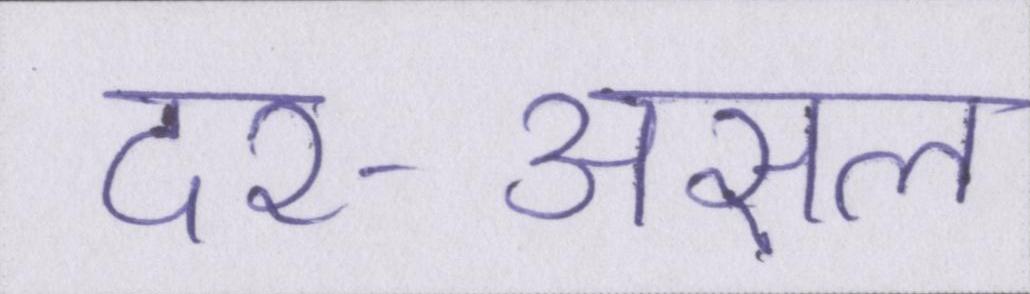
दर-असल